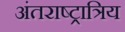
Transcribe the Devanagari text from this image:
अंतराष्ट्रात्रिय